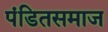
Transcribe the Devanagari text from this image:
पंडितसमाज